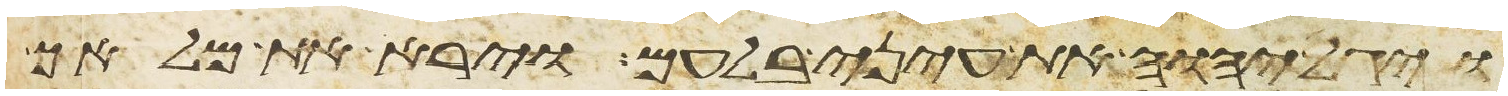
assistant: ויגל יהוה את עיני בלעם וירא את מלאך